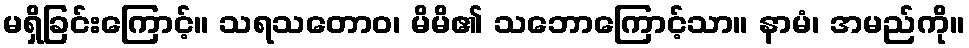
မရှိခြင်းကြောင့်။ သရသတောဝ၊ မိမိ၏ သဘောကြောင့်သာ။ နာမံ၊ အမည်ကို။